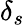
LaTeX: \delta_{s}